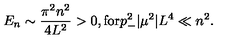
E _ { n } \sim \frac { \pi ^ { 2 } n ^ { 2 } } { 4 L ^ { 2 } } > 0 , \mathrm { f o r } p _ { - } ^ { 2 } | \mu ^ { 2 } | L ^ { 4 } \ll n ^ { 2 } .